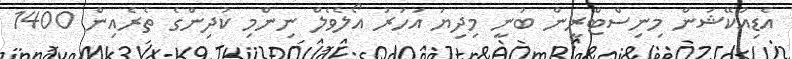
އެޑިއުކޭޝަން މިނިސްޓްރީން ބުނީ މިދިޔަ އަހަރު އޯލެވެލް ނިންމި ކުދިންގެ ތެރެއިން 1400